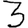
Digit: 3